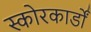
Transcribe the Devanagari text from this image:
स्कोरकार्डों